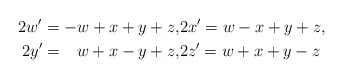
\begin{align*}2w'=-w+x+y+z,&2x'=w-x+y+z,\\2y'=\;\;\,w+x-y+z,&2z'=w+x+y-z\end{align*}